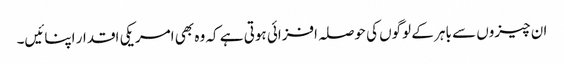
ان چیزوں سے باہر کے لوگوں کی حوصلہ افزائی ہوتی ہے کہ وہ بھی امریکی اقدار اپنائیں۔